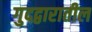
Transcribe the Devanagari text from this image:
गुदद्वारातील